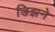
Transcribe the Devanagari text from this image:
डिझने